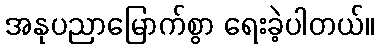
အနုပညာမြောက်စွာ ရေးခဲ့ပါတယ်။